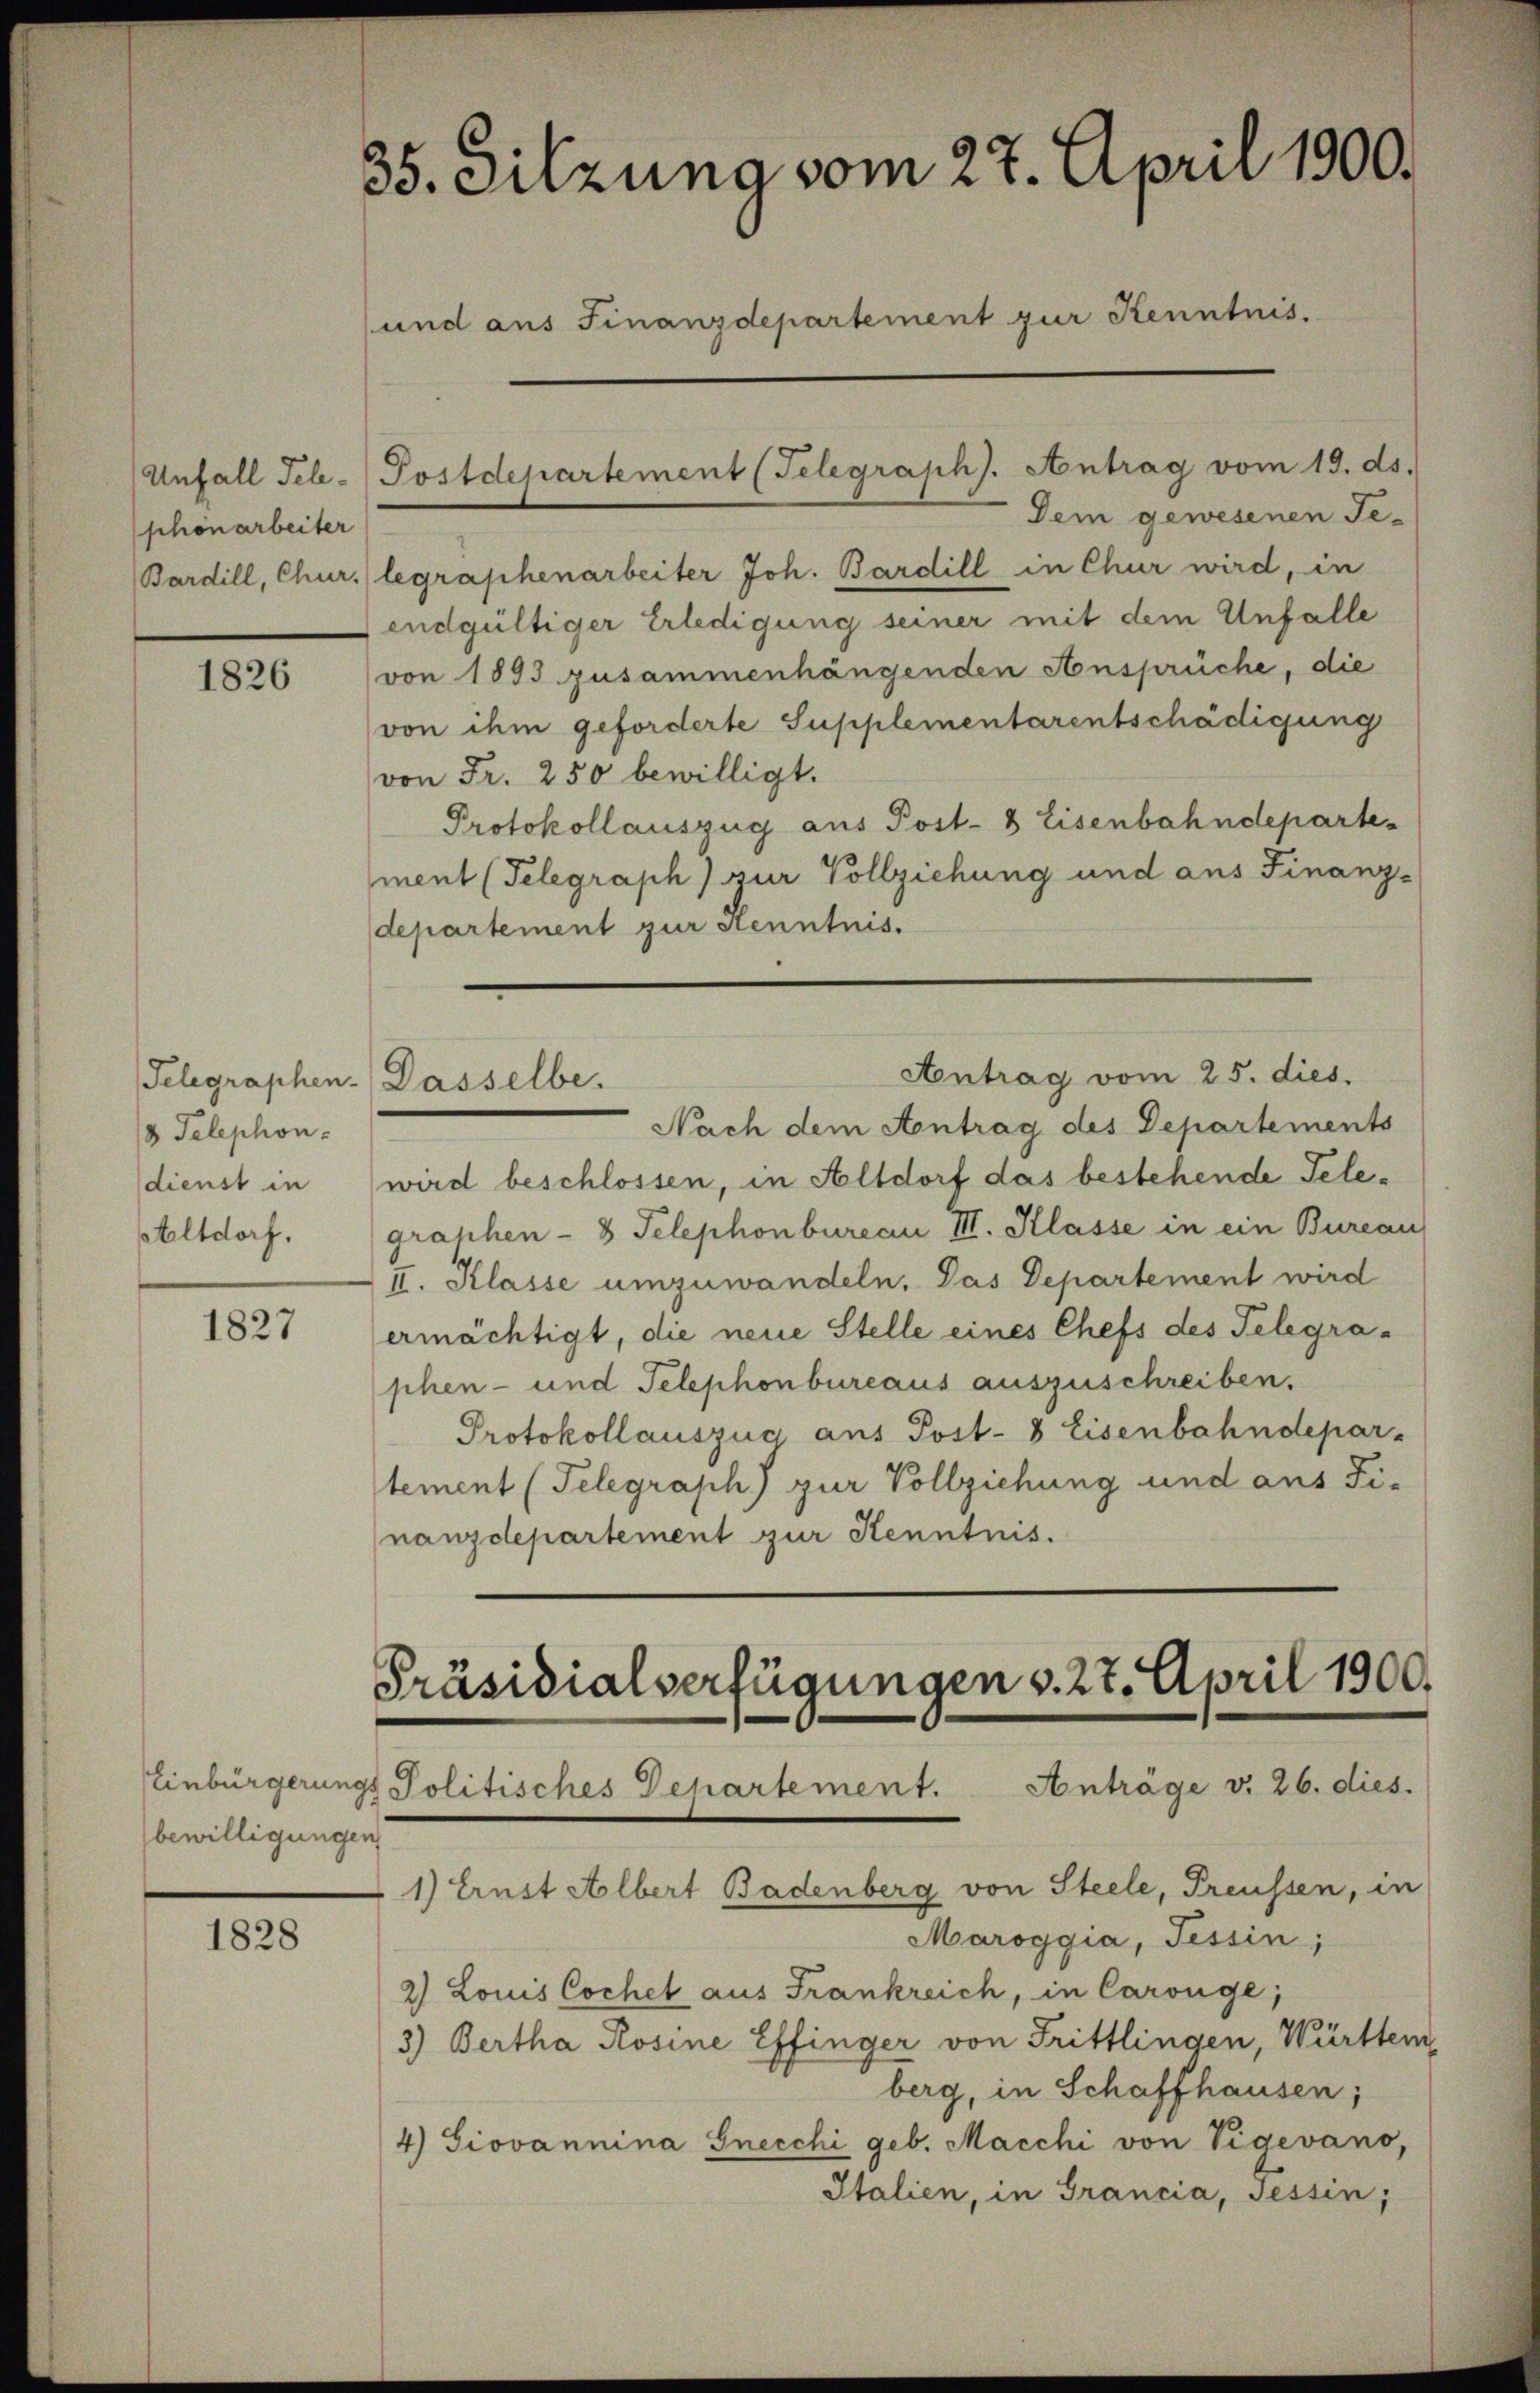
Unfall Telephonarbeiter
Bardill, Chur,

1826

Telegraphen-
3 Telephon-
dienst in
Altdorf.

1827

bewilligungen

1828

35. Sitzung vom 27. April 1900.
und aus Finanzdepartement zur Kenntnis.

Dem gewesenen Jelegraphenarbeiter Joh. Bardill in Chur wird, in
endgültiger Erledigung seiner mit dem Unfalle
von 1893 zusammenhängenden Ansprüche, die
von ihm geforderte Supplementarentschädigung
von Fr. 250 bewilligt.
Protokollauszug aus Post- & Eisenbahndepartes
ment (Telegraph) zur Vollziehung und ans Finanz-
departement zur Kenntnis.
Antrag vom 25. dies
Dasselbe.
Nach dem Antrag des Departements
wird beschlossen, in Altdorf das bestehende Telegraphen - 8 Telephonbureau III. Klasse in ein Bureau
II. Klasse umzuwandeln. Das Departement wird
ermächtigt, die neue Stelle eines Chefs des Telegra-
phen- und Telephonbureaus auszuschreiben.
Protokollauszug aus Post- 8 Eisenbahndepar-
tement (Telegraph) zur Vollziehung und aus Fi-
nanzdepartement zur Kenntnis.

Postdepartement (Telegraph). Antrag vom 19. ds.

Präsidialverfügungen v. 27. April 1900.
Einbürgerungs Politisches Departement. Anträge v. 26. dies.

1) Ernst Albert Badenberg von Steele, Preussen, in
Maroggia, Tessin;
2) Louis Cochet aus Frankreich, in Carouge;
3) Bertha Rosine Effinger von Frittlingen, Württem
berg, in Schaffhausen;
4) Giovannina Gnecchi geb. Macchi von Vigevano,
Italien, in Grancia, Tessin;